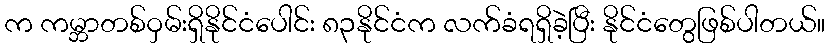
က ကမ္ဘာတစ်ဝှမ်းရှိနိုင်ငံပေါင်း ၈၃နိုင်ငံက လက်ခံရရှိခဲ့ပြီး နိုင်ငံတွေဖြစ်ပါတယ်။